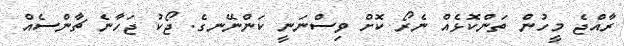
ރާއްޖެ މީހުން ތަންކޮޅެއް ނެރޯ ކޮށް ވިސްނަނީ ކަންނޭނގެ. ޖޯކު ޖަހާނެ ޗާންސެއް